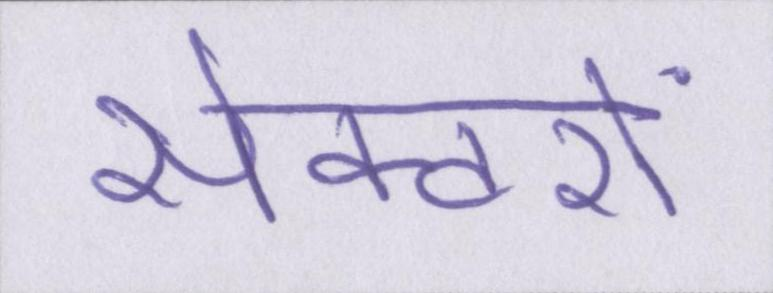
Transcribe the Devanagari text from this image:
सेक्टरों